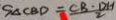
S _ { \Delta C B D } = \frac { C B \cdot D H } { 2 }